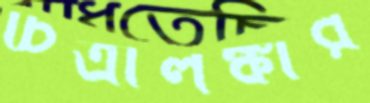
চিত্রালঙ্কার